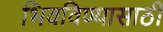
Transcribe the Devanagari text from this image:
भिवविण्यासाठी